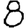
Digit: 8